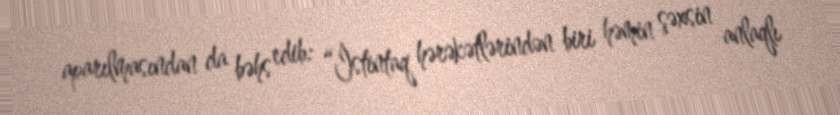
aparılmasından da bəhs edib: “İstintaq hərəkətlərindən biri həmin şəxsin anlaqlı